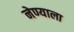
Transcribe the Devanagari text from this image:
नेण्याला